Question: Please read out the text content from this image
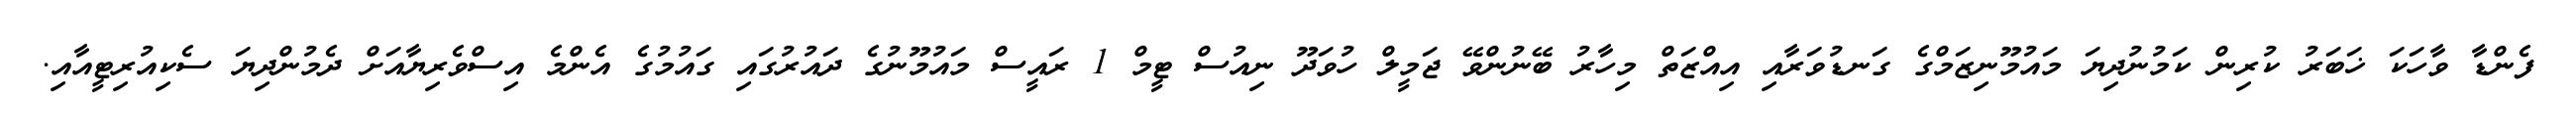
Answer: ފެންޑާ ވާހަކަ ޚަބަރު ކުރިން ކަމުނުދިޔަ މައުމޫނިޒަމްގެ ގަނޑުވަރާއި އިއްޒަތް މިހާރު ބޭނުންވޭ ޖަމީލް ހުވަދޫ ނިއުސް ޓީމް 1 ރައީސް މައުމޫނުގެ ދައުރުގައި ގައުމުގެ އެންމެ އިސްވެރިޔާއަށް ދެމުންދިޔަ ސެކިއުރިޓީއާއި.